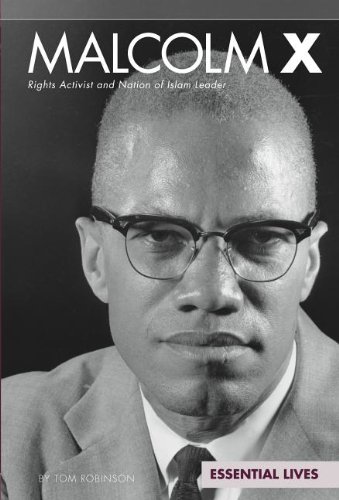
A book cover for Malcolm X: Rights Activist and Nation of Islam Leader (Essential Lives); Tom Robinson; Teen & Young Adult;